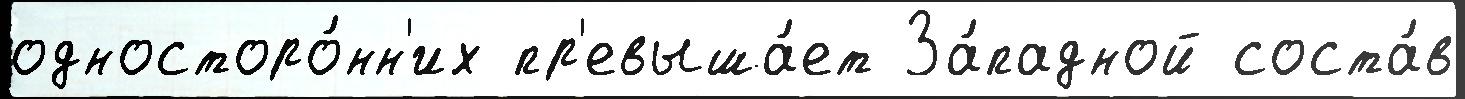
односторо́нн'их пр'евыша́ет За́падной соста́в